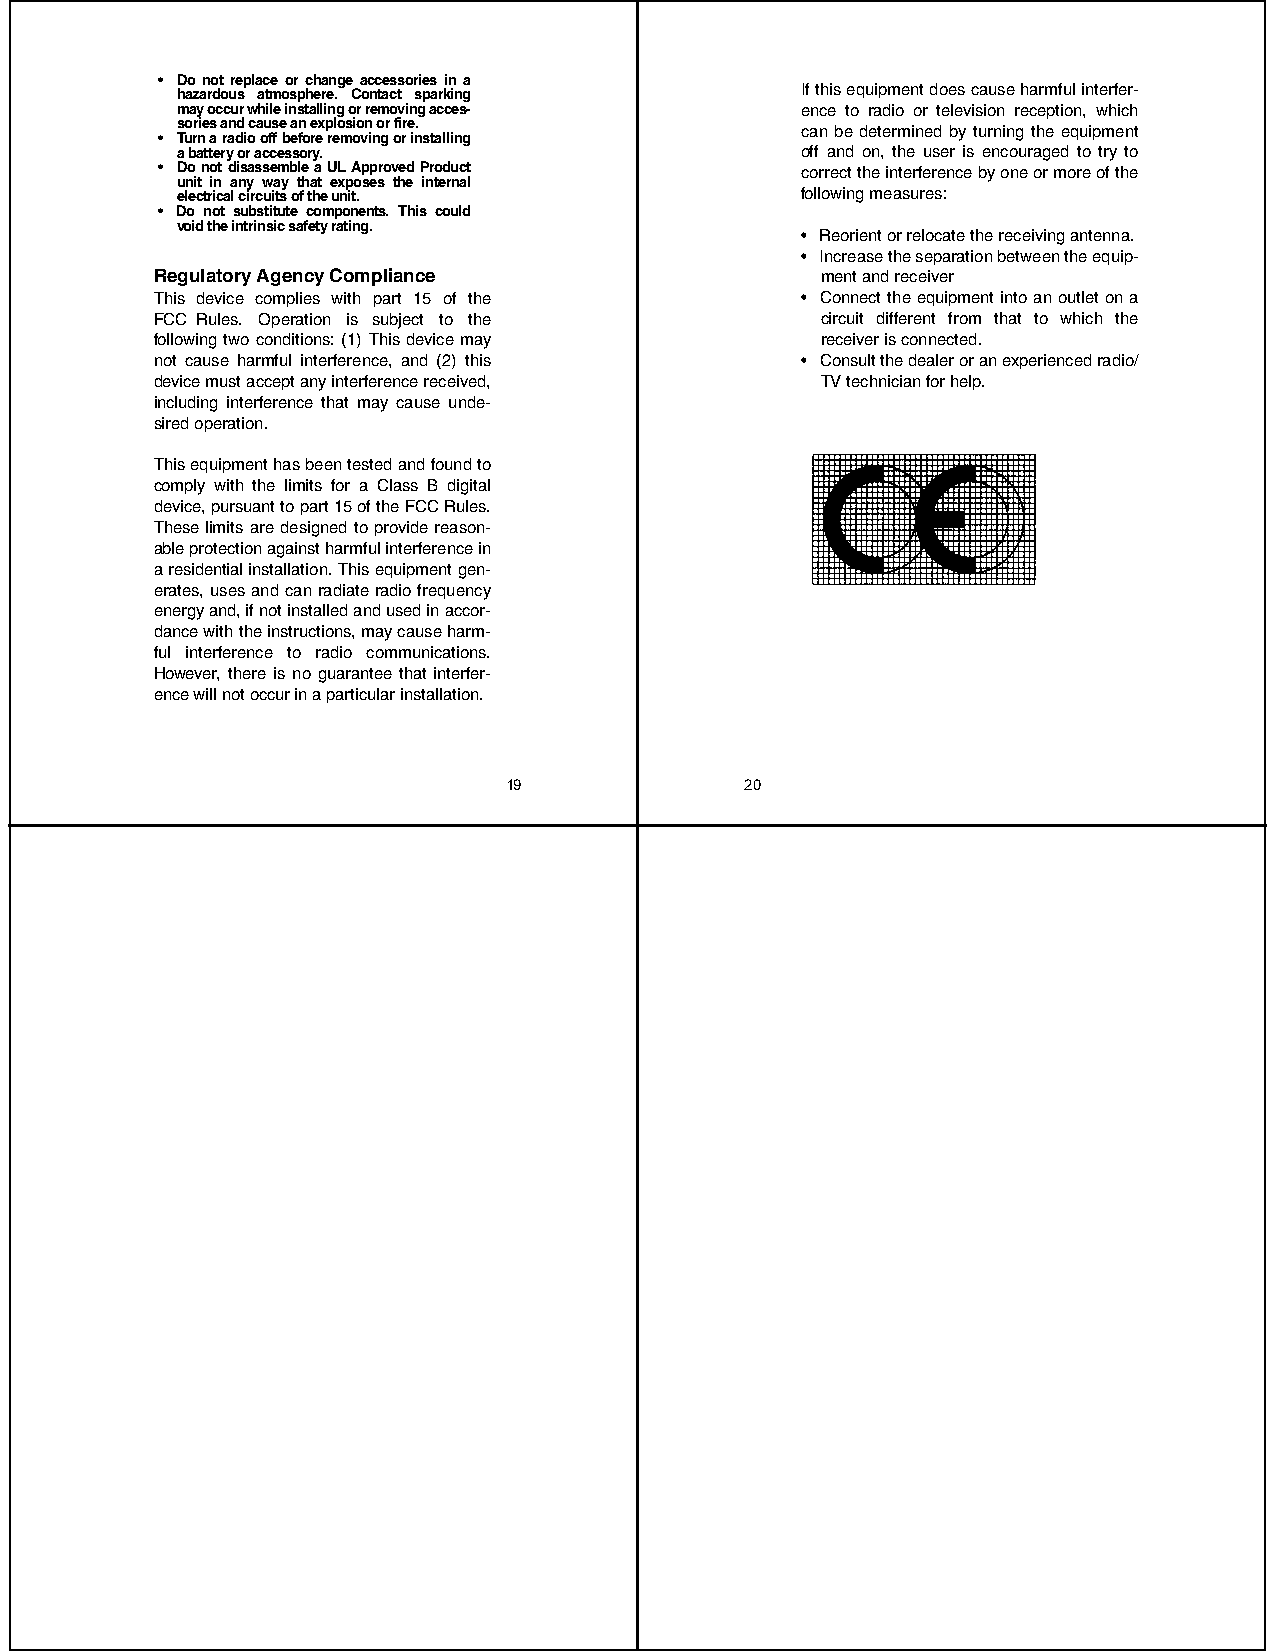
• Do not replace or change accessories in a
 hazardous atmosphere. Contact sparking   If this equipment does cause harmful interfer-
 may occur while installing or removing acces- ence to radio or television reception, which
 sories and cause an explosion or fire.
 can be determined by turning the equipment
 • Turn a radio off before removing or installing
 a battery or accessory.                  off and on, the user is encouraged to try to
 • Do not disassemble a UL Approved Product correct the interference by one or more of the
 unit in any way that exposes the internal
 electrical circuits of the unit.         following measures:
 • Do not substitute components. This could
 void the intrinsic safety rating.
 • Reorient or relocate the receiving antenna.
 • Increase the separation between the equip-
 Regulatory Agency Compliance                ment and receiver
 This device complies with part 15 of the   • Connect the equipment into an outlet on a
 FCC Rules. Operation is subject to the      circuit different from that to which the
 following two conditions: (1) This device may receiver is connected.
 not cause harmful interference, and (2) this • Consult the dealer or an experienced radio/
 device must accept any interference received, TV technician for help.
 including interference that may cause unde-
 sired operation.
 This equipment has been tested and found to
 comply with the limits for a Class B digital
 device, pursuant to part 15 of the FCC Rules.
 These limits are designed to provide reason-
 able protection against harmful interference in
 a residential installation. This equipment gen-
 erates, uses and can radiate radio frequency
 energy and, if not installed and used in accor-
 dance with the instructions, may cause harm-
 ful interference to radio communications.
 However, there is no guarantee that interfer-
 ence will not occur in a particular installation.
 19              20